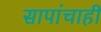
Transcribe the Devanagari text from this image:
सापांचाही